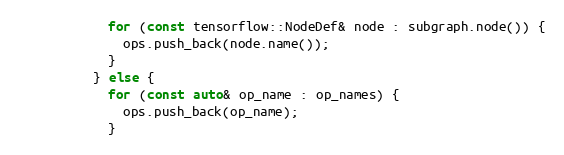
Language: C++
            for (const tensorflow::NodeDef& node : subgraph.node()) {
              ops.push_back(node.name());
            }
          } else {
            for (const auto& op_name : op_names) {
              ops.push_back(op_name);
            }